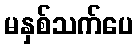
မနှစ်သက်ပေ